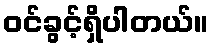
ဝင်ခွင့်ရှိပါတယ်။